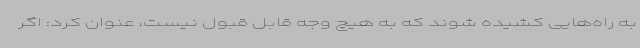
به راه‌هایی کشیده شوند که به هیچ وجه قابل قبول نیست، عنوان کرد: اگر